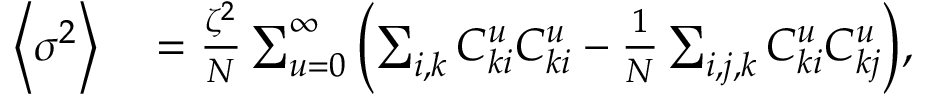
\begin{array} { r l } { \left\langle \sigma ^ { 2 } \right\rangle } & { { } = \frac { \zeta ^ { 2 } } { N } \sum _ { u = 0 } ^ { \infty } { \left( \sum _ { i , k } { C _ { k i } ^ { u } C _ { k i } ^ { u } } - \frac { 1 } { N } \sum _ { i , j , k } { C _ { k i } ^ { u } C _ { k j } ^ { u } } \right) } , } \end{array}